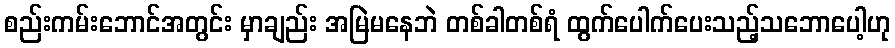
စည်းကမ်းဘောင်အတွင်း မှာချည်း အမြဲမနေဘဲ တစ်ခါတစ်ရံ ထွက်ပေါက်ပေးသည့်သဘောပေါ့ဟု